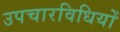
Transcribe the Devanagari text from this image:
उपचारविधियों